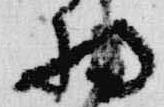
将